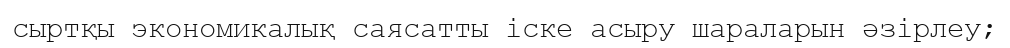
сыртқы экономикалық саясатты iске асыру шараларын әзiрлеу;